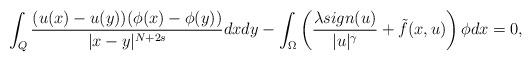
LaTeX: \begin{align*}\int_{Q}\frac{(u(x)-u(y))(\phi(x)-\phi(y))}{|x-y|^{N+2s}}dxdy-\int_{\Omega}\left(\frac{\lambda sign(u)}{|u|^{\gamma}}+\tilde{f}(x,u)\right)\phi dx=0,\end{align*}